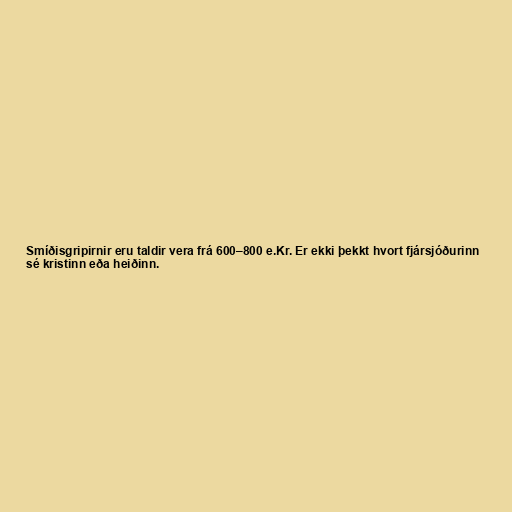
Smíðisgripirnir eru taldir vera frá 600–800 e.Kr. Er ekki þekkt hvort fjársjóðurinn
sé kristinn eða heiðinn.